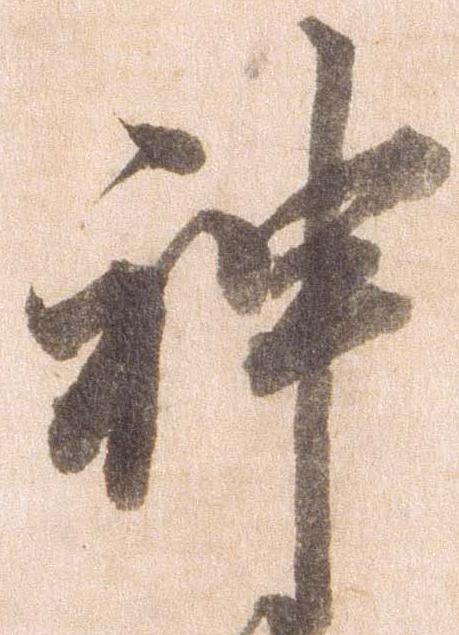
神